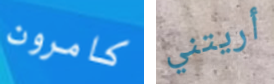
كامرون أريتني